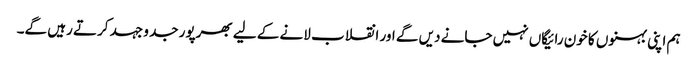
ہم اپنی بہنوں کا خون رائیگاں نہیں جانے دیں گے اور انقلاب لانے کے لیے بھرپور جد و جہد کرتے رہیں گے۔